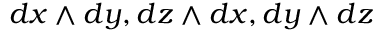
d x \wedge d y , d z \wedge d x , d y \wedge d z